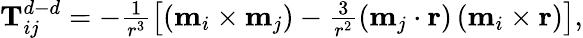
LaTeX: \begin{array}{r}{\textbf{T}_{ij}^{d-d}=-\frac{1}{r^{3}}\left[\left(\textbf{m}_{i}\times\textbf{m}_{j}\right)-\frac{3}{r^{2}}\left(\textbf{m}_{j}\cdot\textbf{r}\right)\left(\textbf{m}_{i}\times\textbf{r}\right)\right],}\end{array}